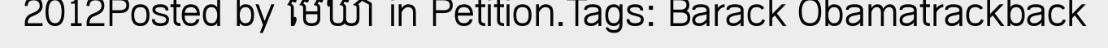
2012Posted by មេឃា in Petition.Tags: Barack Obamatrackback